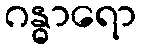
ဂန္ဓာရော